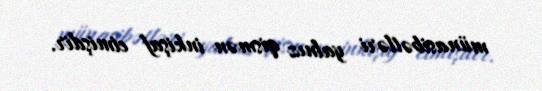
münasibətləri yalnız qismən inkişaf etmişdir.